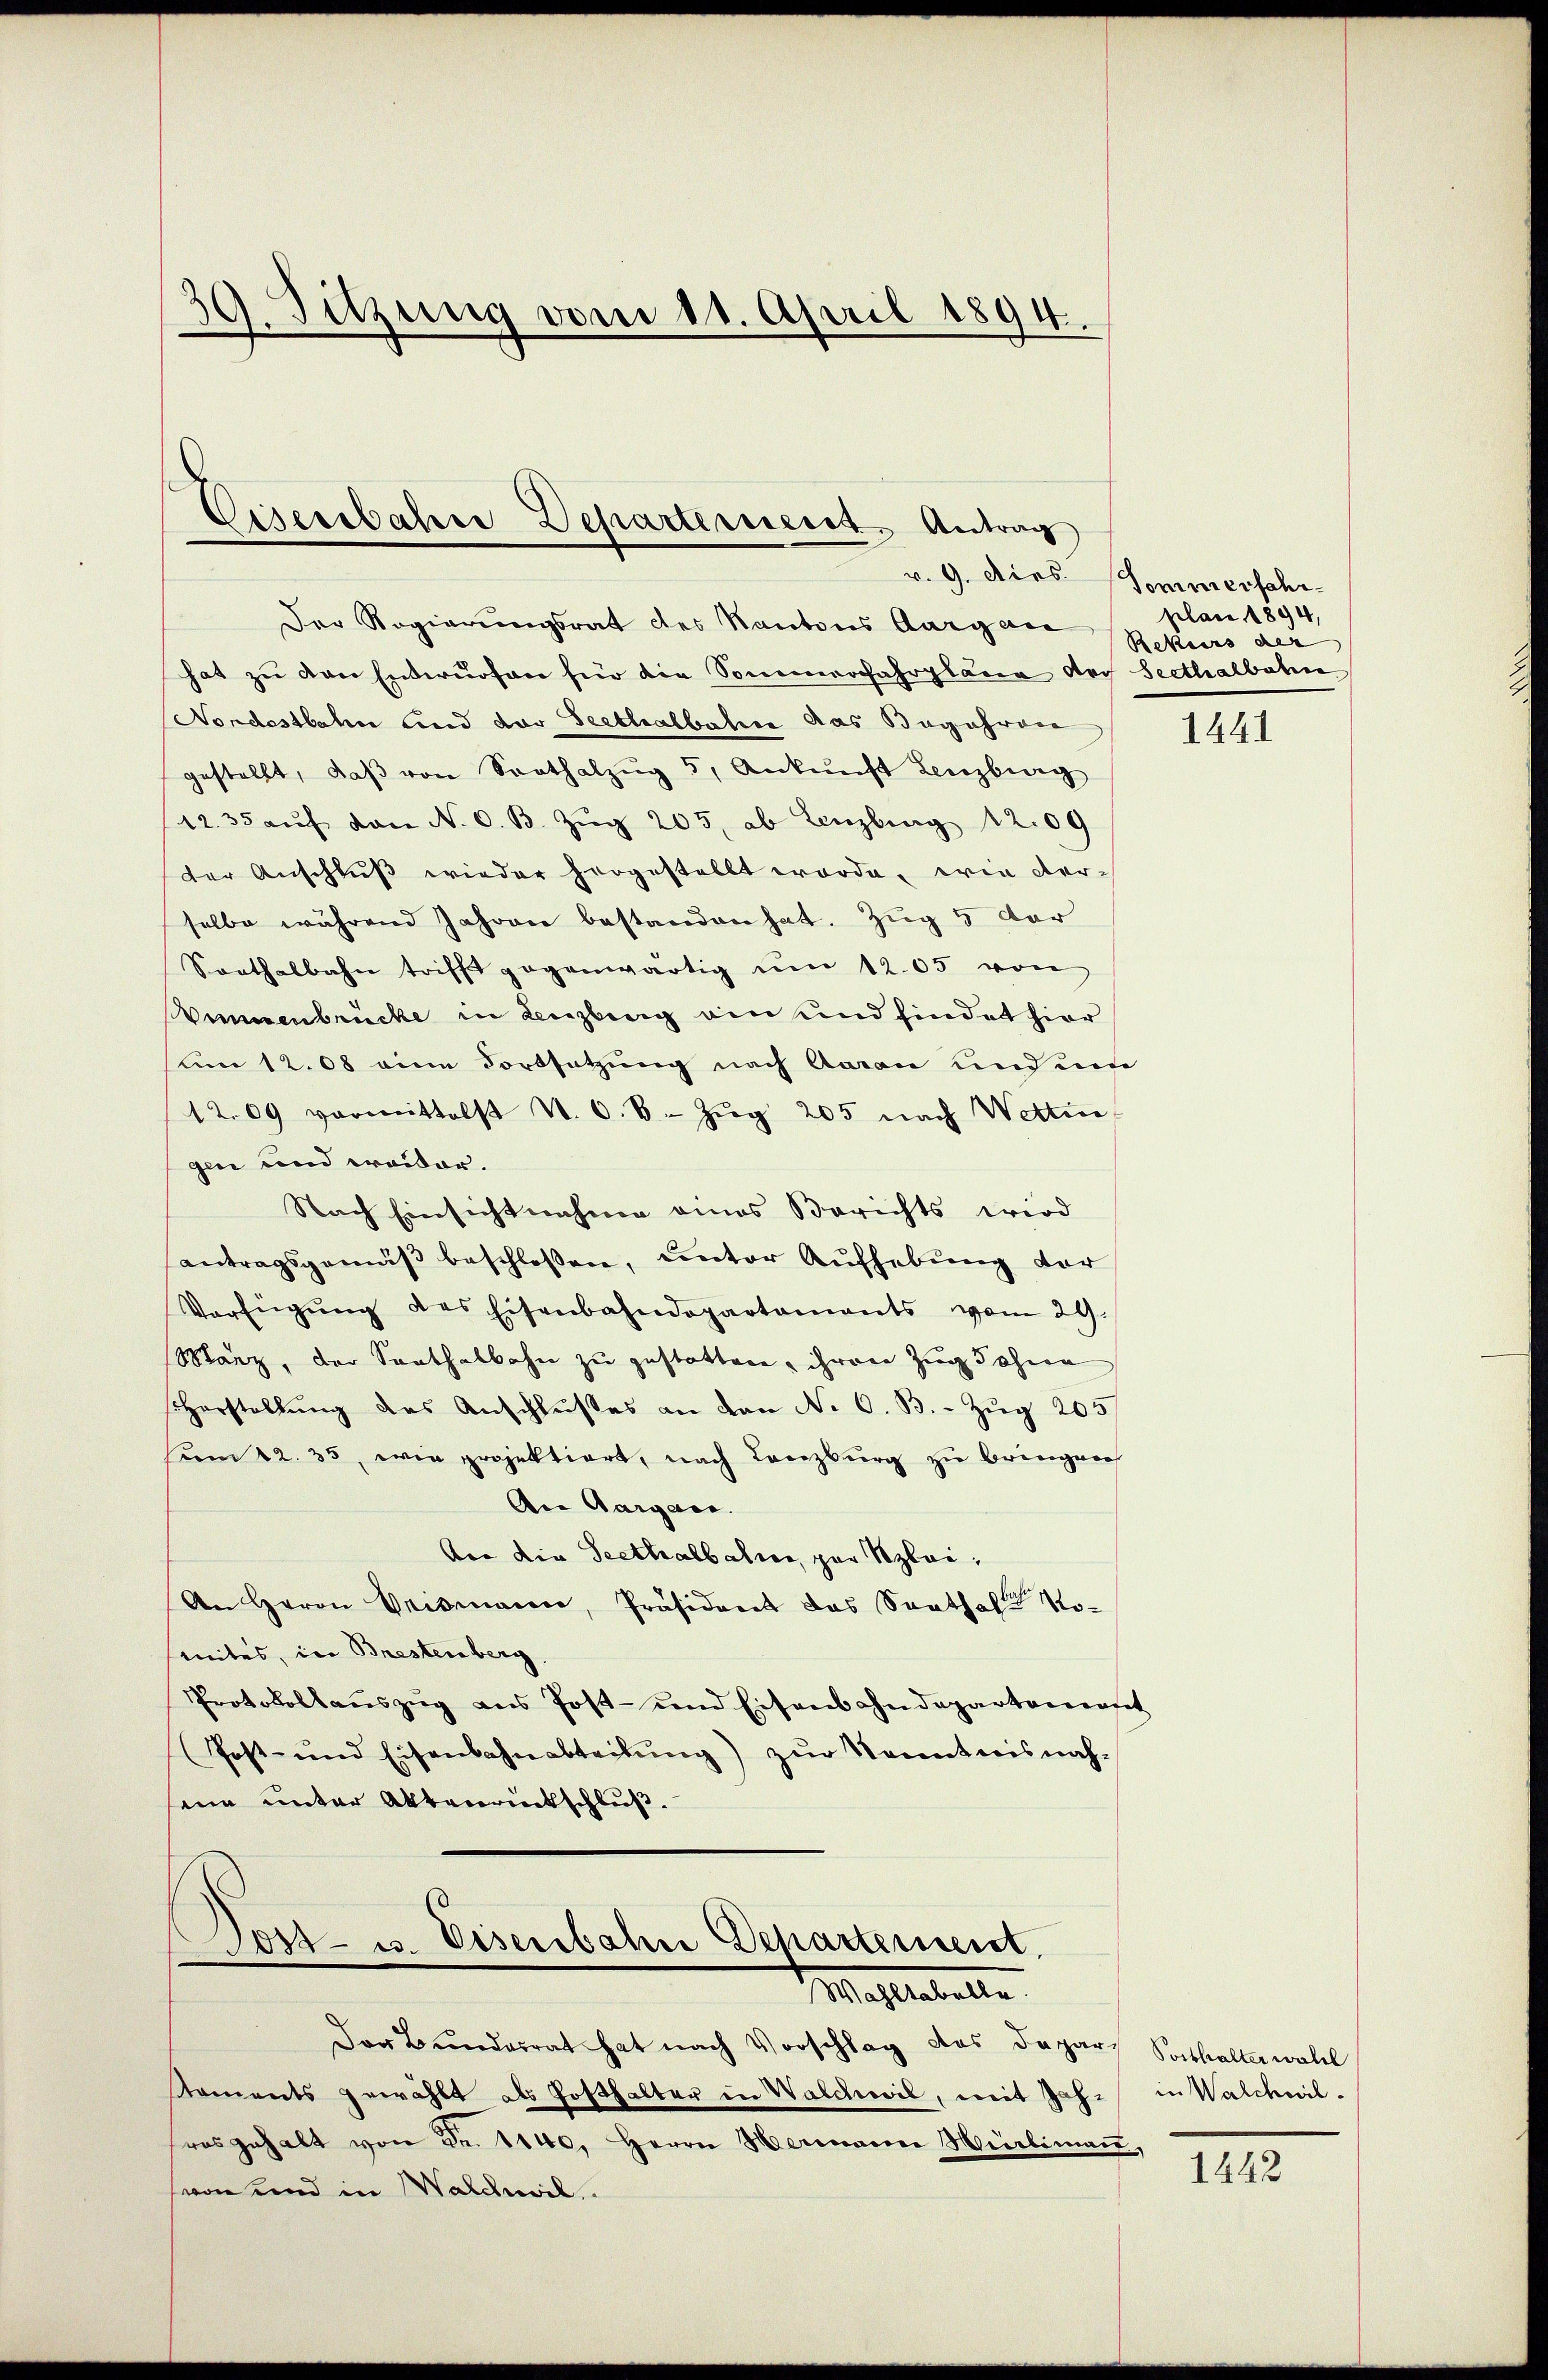
Sitzung vom 11. April 1894.
.

Cisersbahre Departerneres Antrag
v. 9. Dies

Der Regierungsrat des Kantons Aargau
hat zu den Entwurfen für die Sommerfahrplana doch Seethalbahn
Nordostbahn und der Seeblralbahre das Begehren
gestellt, daβ von Saathalzŭg 5, Ankunft Lenzburg
12.35 aŭf den N. O. B. Zŭg 205. ab Lenzburg 1209
der Anschlŭβ wieder horgestellt worde, wie der-
selbe während Jahren bestanden hat. Zug 5 der
Sorthalbahn trifft gegenwärtig ŭm 1205 von
Vennenbrücke in Lenzberg ein und findet hier
um 12. 608 eine Fortsetzung nach Aarau und um
1209 vormittelst N. O. B. Zŭg 205 nach Wetten
gen und weiter.
Nach Einsichtnahme eines Berichts wird
antragsgemäβ beschlossen, unter Aufhebung der
Verfügŭng des Eisenbahndepartaments vom 29.
Marz, der Saathalbahn zu gestatten, ihren Zug Sohne
Horstellung des Anschlußes an den No. 6. B. - Zug 205
sum 12. 33, wie projektiort, nach Lenzburg zu bringen
An Aargau.
Aen die Seethalbahren, par Szlei,
An Herrn Brismann, Präsident das Santhalten Nosentes, in Brestenberg
Protokollauszug aus Post- und Eisenbahndepartement
Post- und Eisenbahnabteilŭng) zŭr Kenntnisnahsene unter Aktenrückschluß.

Post- u. Eisenbahn Departement.
Mahlestelle

Sommerfahrplan, 1894,
Rekurs des

Der Bundesrat hat nach Vorschlag das Dapar Vorthalterwalt
Koments gewählt als Posthalter in Walchwil, mit Jahr in Walchwil-
ras gehalt von Fr. 1140. Herrn Hermanner Hürlimaṅ,
svon und in Waldeil.

1441

1242